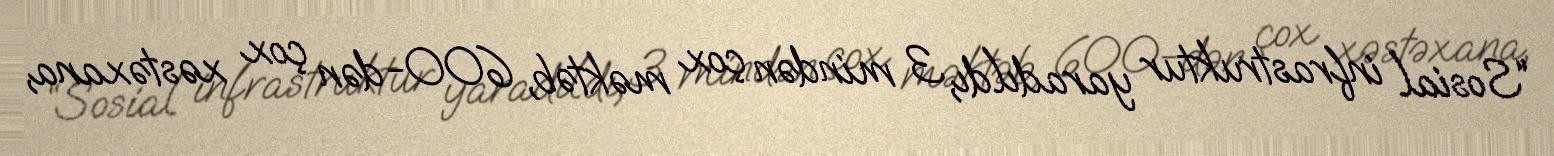
“Sosial infrastruktur yaradıldı, 3 mindən çox məktəb, 600-dən çox xəstəxana,